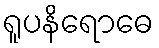
ရူပနိရောဓေ